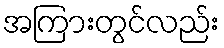
အကြားတွင်လည်း